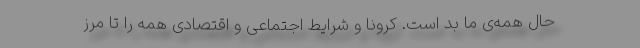
حال همه‌ی ما بد است. کرونا و شرایط اجتماعی و اقتصادی همه را تا مرز